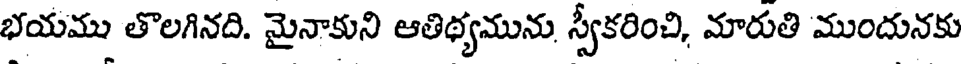
భయము తొలగినది. మైనాకుని ఆతిథ్యమును స్వీకరించి, మారుతి ముందునకు